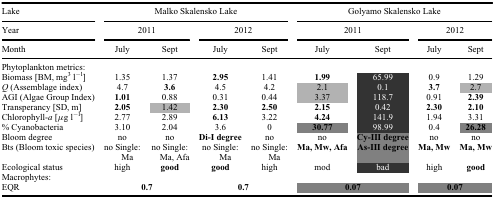
<table><thead><tr><td><b>Lake</b></td><td colspan="4"><b>Malko Skalensko Lake</b></td><td colspan="4"><b>Golyamo Skalensko Lake</b></td></tr><tr><td><b>Year</b></td><td colspan="2"><b>2011</b></td><td colspan="2"><b>2012</b></td><td colspan="2"><b>2011</b></td><td colspan="2"><b>2012</b></td></tr><tr><td><b>Month</b></td><td><b>July</b></td><td><b>Sept</b></td><td><b>July</b></td><td><b>Sept</b></td><td><b>July</b></td><td><b>Sept</b></td><td><b>July</b></td><td><b>Sept</b></td></tr></thead><tbody><tr><td colspan="9">Phytoplankton metrics:</td></tr><tr><td>Biomass [BM, mg<sup>3</sup> l<sup>−l</sup>]</td><td>1.35</td><td>1.37</td><td><b>2.95</b></td><td>1.41</td><td><b>1.99</b></td><td>65.99</td><td>0.9</td><td>1.29</td></tr><tr><td><i>Q</i> (Assemblage index)</td><td>4.7</td><td><b>3.6</b></td><td>4.5</td><td>4.2</td><td>2.1</td><td>0.1</td><td><b>3.7</b></td><td>2.7</td></tr><tr><td>AGI (Algae Group Index)</td><td><b>1.01</b></td><td>0.88</td><td>0.31</td><td>0.44</td><td>3.37</td><td>118.7</td><td>0.91</td><td><b>2.39</b></td></tr><tr><td>Transperancy [SD, m]</td><td><b>2.05</b></td><td>1.42</td><td><b>2.30</b></td><td><b>2.50</b></td><td><b>2.15</b></td><td>0.42</td><td><b>2.30</b></td><td><b>2.10</b></td></tr><tr><td>Chlorophyll-<i>a</i> [μg l<sup>−l</sup>]</td><td>2.77</td><td>2.89</td><td><b>6.13</b></td><td>3.22</td><td><b>4.24</b></td><td>141.9</td><td>1.94</td><td>3.31</td></tr><tr><td>% Cyanobacteria</td><td>3.10</td><td>2.04</td><td>3.6</td><td>0</td><td><b>30.77</b></td><td>98.99</td><td>0.4</td><td><b>26.28</b></td></tr><tr><td>Bloom degree</td><td>no</td><td>no</td><td><b>Di-I degree</b></td><td>no</td><td>no</td><td><b>Cy-III degree</b></td><td>no</td><td>no</td></tr><tr><td>Bts (Bloom toxic species)</td><td>no Single: Ma</td><td>no Single: Ma, Afa</td><td>no Single: Ma</td><td>no Single: Ma</td><td><b>Ma, Mw, Afa</b></td><td><b>As-III degree</b></td><td><b>Ma, Mw</b></td><td><b>Ma, Mw</b></td></tr><tr><td>Ecological status</td><td>high</td><td><b>good</b></td><td><b>good</b></td><td>high</td><td>mod</td><td>bad</td><td>high</td><td><b>good</b></td></tr><tr><td colspan="9">Macrophytes:</td></tr><tr><td>EQR</td><td colspan="2"><b>0.7</b></td><td colspan="2"><b>0.7</b></td><td colspan="2"><b>0.07</b></td><td colspan="2"><b>0.07</b></td></tr></tbody></table>